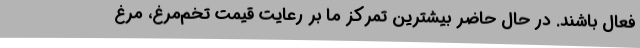
فعال باشند. در حال حاضر بیشترین تمرکز ما بر رعایت قیمت تخم‌مرغ، مرغ